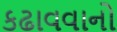
કઢાવવાનો